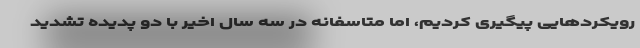
رویکردهایی پیگیری کردیم، اما متاسفانه در سه سال اخیر با دو پدیده تشدید